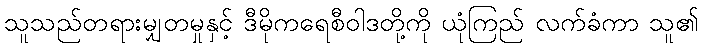
သူသည်တရားမျှတမှုနှင့် ဒီမိုကရေစီဝါဒတို့ကို ယုံကြည် လက်ခံကာ သူ၏